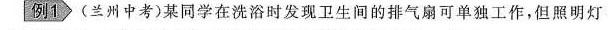
例1> (兰州中考)某同学在洗浴时发现卫生间的排气扇可单独工作，但照明灯